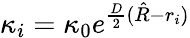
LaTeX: \kappa_{i}=\kappa_{0}e^{\frac{D}{2}(\hat{R}-r_{i})}